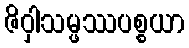
ဇိဝှါသမ္ဖဿပစ္စယာ